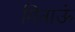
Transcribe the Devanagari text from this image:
गिनाऊं